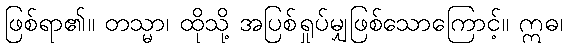
ဖြစ်ရာ၏။ တသ္မာ၊ ထိုသို့ အပြစ်ရှုပ်မျှဖြစ်သောကြောင့်။ ဣဓ၊